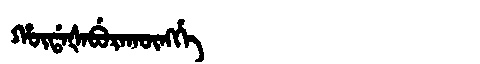
Manchu: ᡥᡡᡩᠠᡧᠠᠪᡠᡵᠠᡴᡡᠩᡤᡝ
Romanization: HŪDAŠABURAKŪNGGE